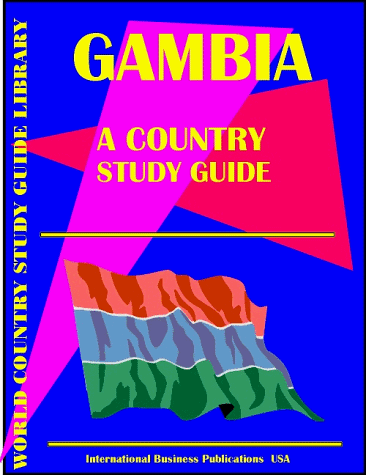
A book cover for Gambia Country Study Guide (World Country Study Guide; Ibp Usa; Travel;